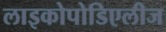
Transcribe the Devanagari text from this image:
लाइकोपोडिएलीज